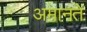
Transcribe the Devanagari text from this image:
अमानतें